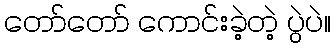
တော်တော် ကောင်းခဲ့တဲ့ ပွဲပဲ။